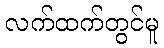
လက်ထက်တွင်မူ